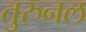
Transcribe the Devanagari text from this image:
तुरुनल